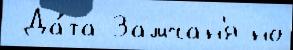
 Да́та Замчан'я но